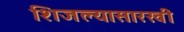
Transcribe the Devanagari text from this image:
शिजल्यासारखी